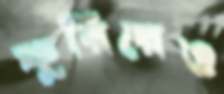
ফুরিয়েও